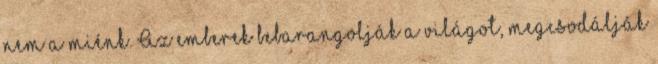
nem a miénk. Az emberek bebarangolják a világot, megcsodálják